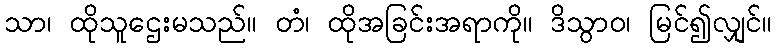
သာ၊ ထိုသူဌေးမသည်။ တံ၊ ထိုအခြင်းအရာကို။ ဒိသွာဝ၊ မြင်၍လျှင်။